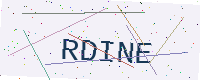
Text: RDINE